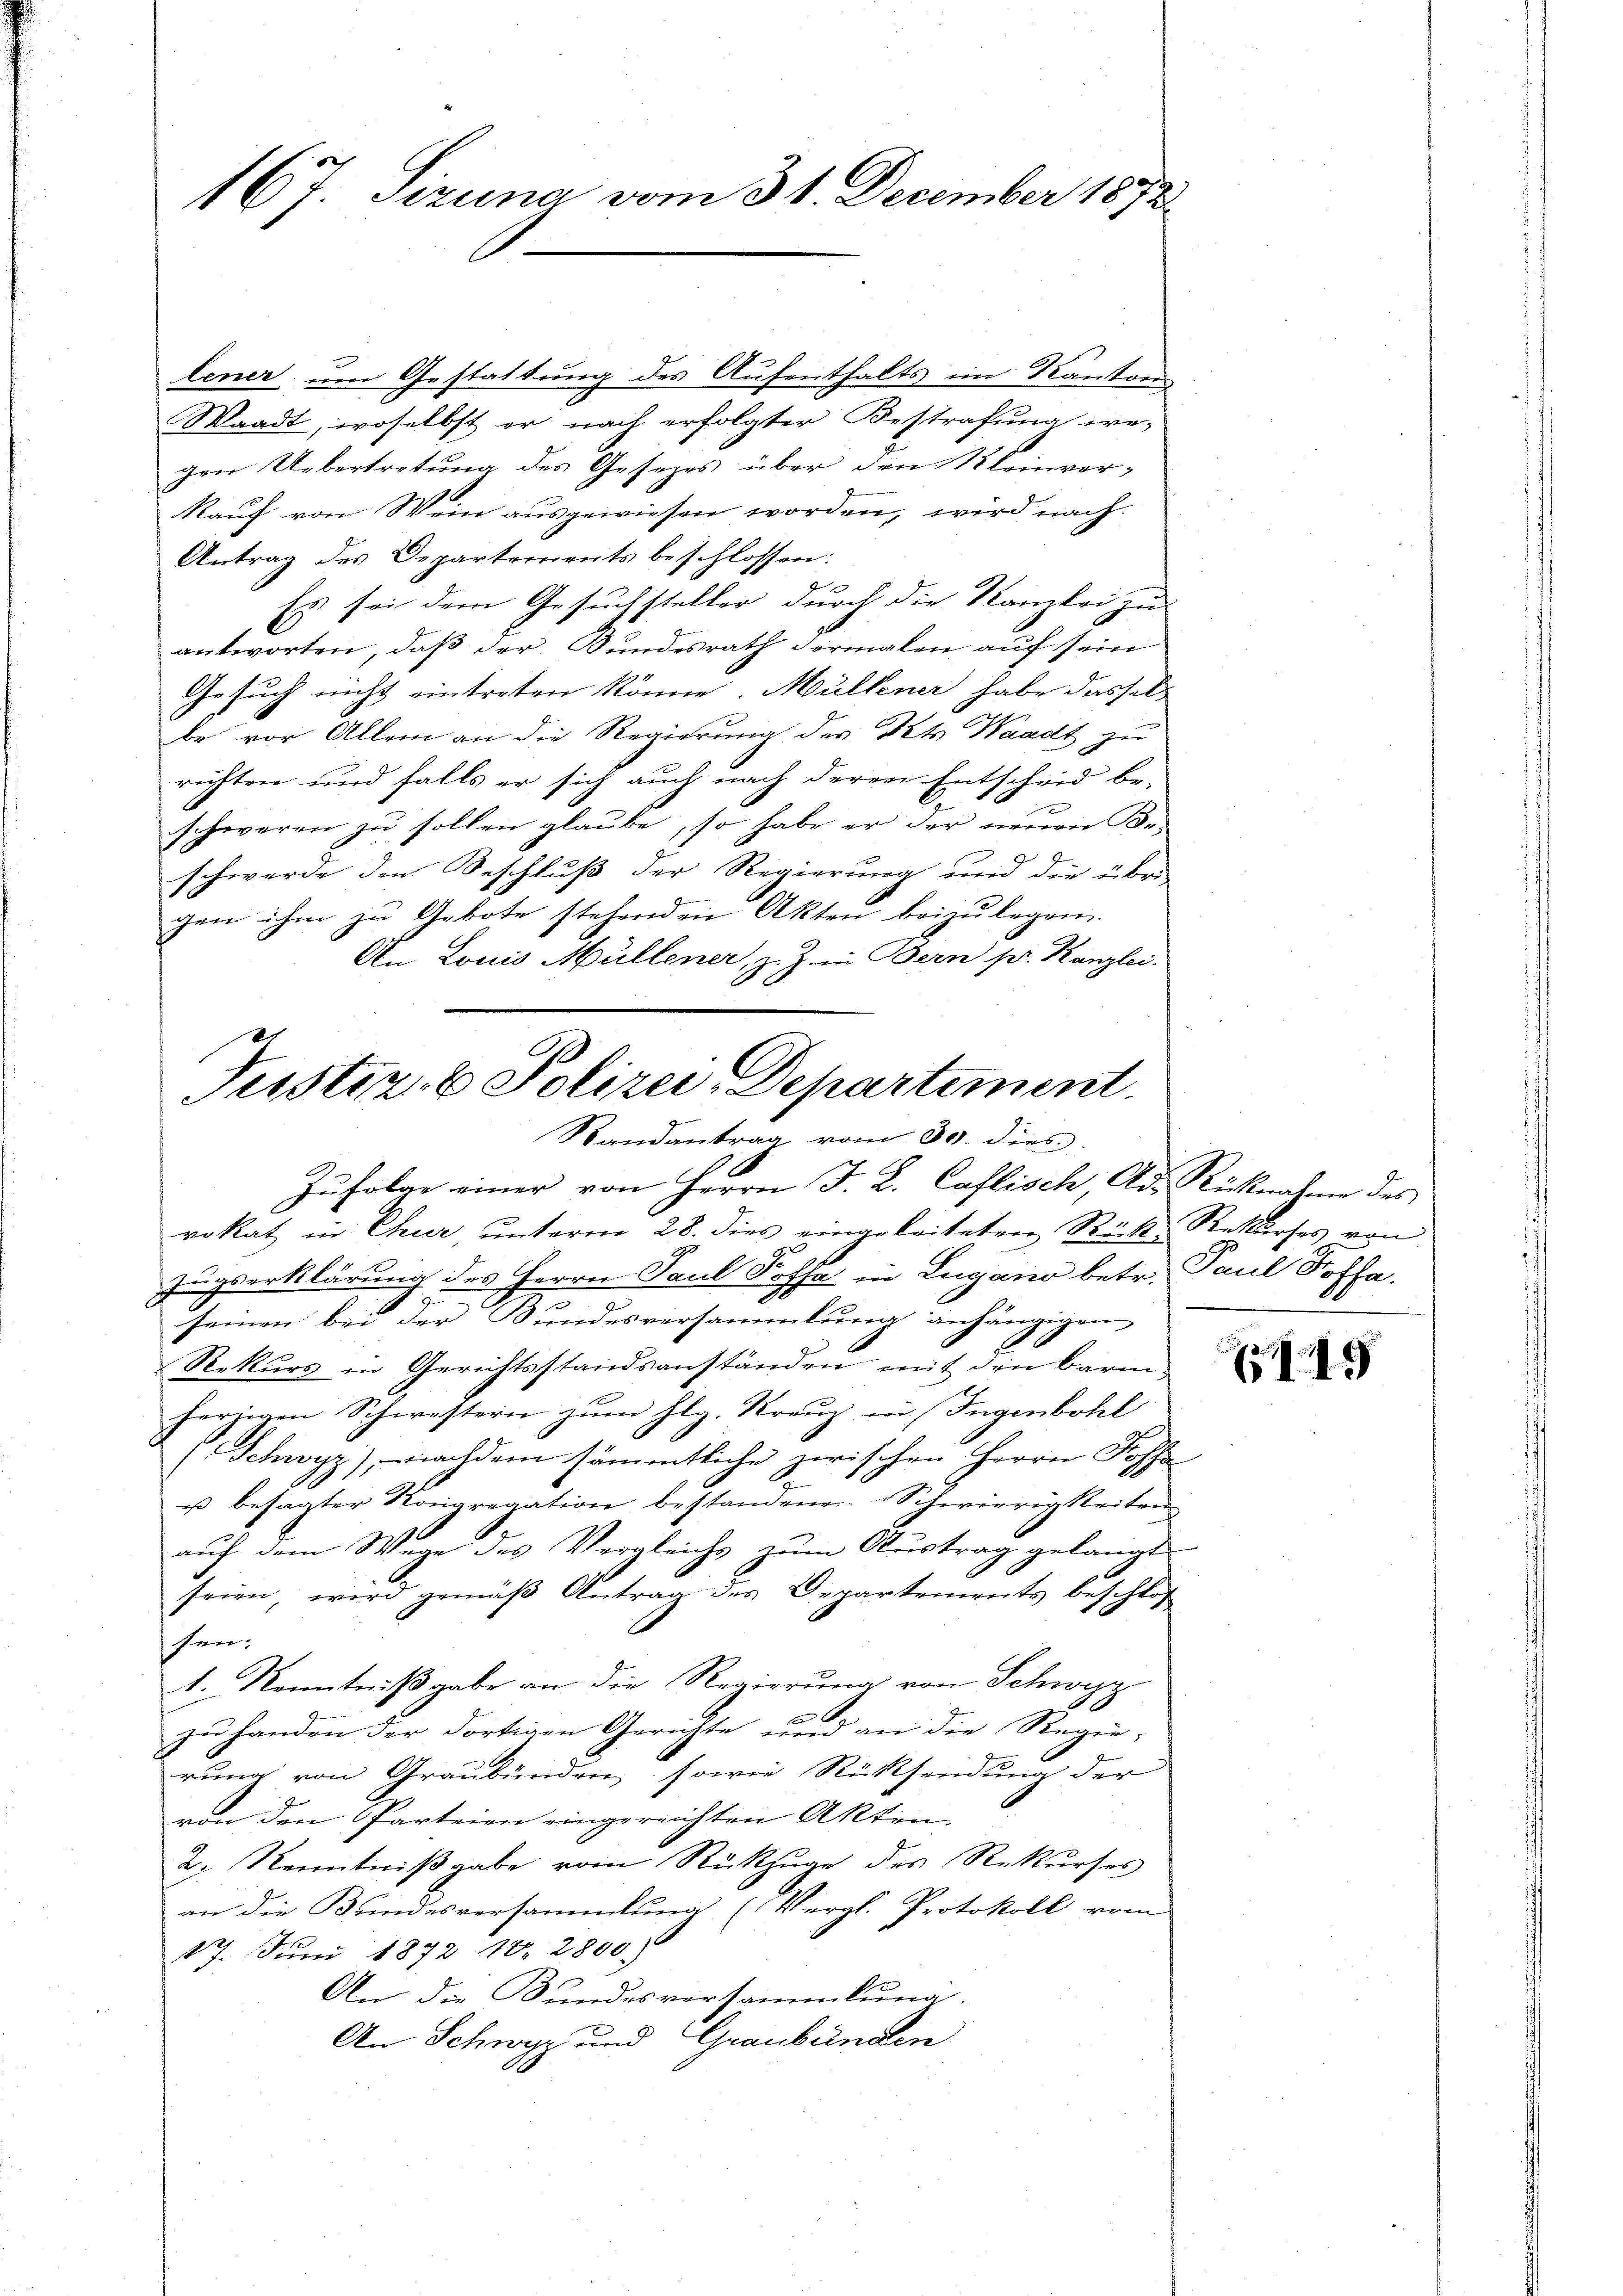
167 Sizung vom 31. December 1892

lener um Gestattung des Aufenthalts im Kantons
Waadt, woselbst er nach erfolgter Bestrafung we¬
Den Uebertretung des Gesetzes über den Kleinver
Kauf vom Wein ausgewiesen worden, wird nach
Antrag des Departements beschlossen:
Es sei dem Gesuchsteller durch die Kanzlei zu
antworten, daß der Bundesrath dermalen auf sein
Gesuch nicht eintreten könne. Müllener habe dasselbe vor Allem an die Regierung des et Waadt zu
richten und falls er sich auch nach deren Entscheid be-
schweren zu sollen glaube, so habe er der neuen Be-
schwerde den Beschluß der Regierung und die übri
gen ihm zu Gebote stehenden Akten beizulegen.
An Louis Müllener, z. Z. in Bern pr. Kanzlei.

Justiz & Polizei-Departement.
Randantrag vom 30. dies

2
Zŭfolge einer von Herrn J. L. Caflisch, Ad. Rücknahme des
rokat in Chur unterm 28. dies eingeleiteten Rück- Rekurses von
zugserklärung des Herrn Paul Koffe in Lugano betr. Paul Koffa.
3
seinen bei der Bundesversammlung anhängigen.
Rekurs in Gerichtsstandsanständen mit den barm
herzigen Schwestern zŭm Hlg. Kreŭz in Ingenbohl
(Schwyz), nachdem sämmtliche zerischen Herrn Foss
u besagter Kongregation bestandene Schwierigkeiten
auf dem Wege des Vergleichs zum Austrag gelangt
seien, wird gemäß Antrag des Departements beschloß
sen:
1. Kenntnißgabe an die Regierung von Schwyz
t
zu handen der dortigen Gerichte und an die Regierung von Graubünden, sowie Rücksendung der
von den Parteien eingereichten Akten.
2. Kenntnißgabe vom Rückzuge des Rekurses
an die Bundesversammlung (Vergl. Protokoll vom
17. Juni 1872 18. 2800
An die Bundesversammlung.
An Schwyz und Graubünden

149